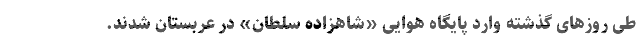
طی روزهای گذشته وارد پایگاه هوایی «شاهزاده سلطان» در عربستان شدند.